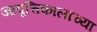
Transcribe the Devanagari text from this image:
आवृत्तिकालाच्या